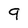
Character: 9